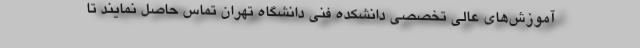
آموزش‌های عالی تخصصی دانشکده فنی دانشگاه تهران تماس حاصل نمایند تا